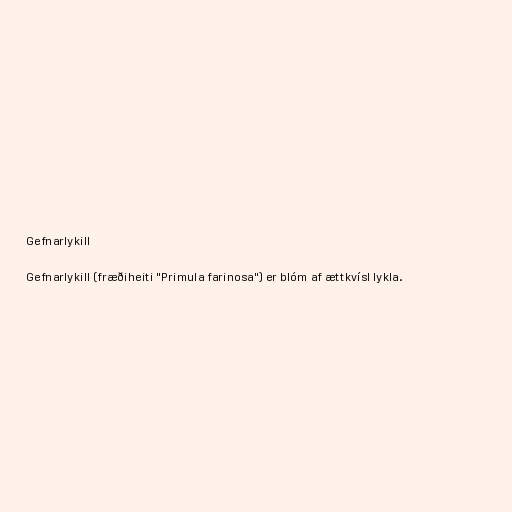
Gefnarlykill

Gefnarlykill (fræðiheiti "Primula farinosa") er blóm af ættkvísl lykla.